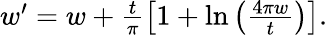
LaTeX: \begin{array}{r}{w^{\prime}=w+\frac{t}{\pi}\left[1+\ln\left(\frac{4\pi w}{t}\right)\right].}\end{array}